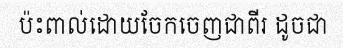
ប៉ះពាល់ដោយចែកចេញជាពីរ ដូចជា